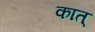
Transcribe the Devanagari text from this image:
कात्‌